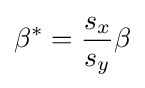
\beta ^{\ast }={\frac {s_{x}}{s_{y}}}\beta